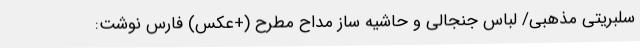
سلبریتی مذهبی/ لباس جنجالی و حاشیه‌ ساز مداح مطرح (+عکس) فارس نوشت: